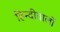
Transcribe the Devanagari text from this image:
हिन्दीवालों